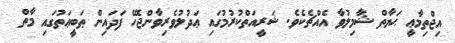
އިޖްތިމާޢީ ޙަޔާތް ޝާމިލުވާ އެއްޗެކެވެ. ޝަރީއަތްކުރުމުގައި ޢަދުލުވެރިވާންޖެހޭ ފަދައިން ޠަބީޢަތުގައި މާތް